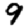
Digit: 9